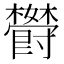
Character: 𬅏